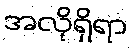
အလိုရှိရာ